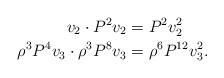
LaTeX: \begin{align*}v_2 \cdot P^2 v_2 & = P^2 v_2^2 \\\rho^3 P^4 v_3 \cdot \rho^3 P^8 v_3 & = \rho^6 P^{12} v_3^2.\end{align*}